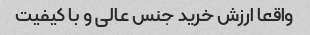
واقعا ارزش خرید جنس عالی و با کیفیت